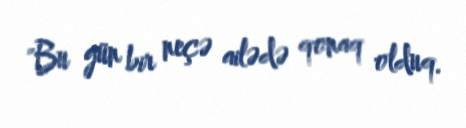
"Bu gün bir neçə ailədə qonaq olduq.